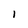
Character: l